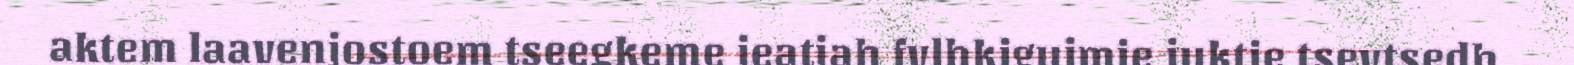
aktem laavenjostoem tseegkeme jeatjah fylhkigujmie juktie tsevtsedh